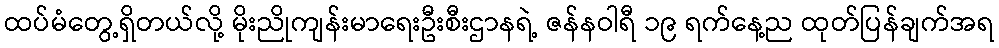
ထပ်မံတွေ့ရှိတယ်လို့ မိုးညိုကျန်းမာရေးဦးစီးဌာနရဲ့ ဇန်နဝါရီ ၁၉ ရက်နေ့ည ထုတ်ပြန်ချက်အရ